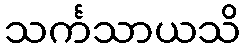
သင်္ကသာယသိ